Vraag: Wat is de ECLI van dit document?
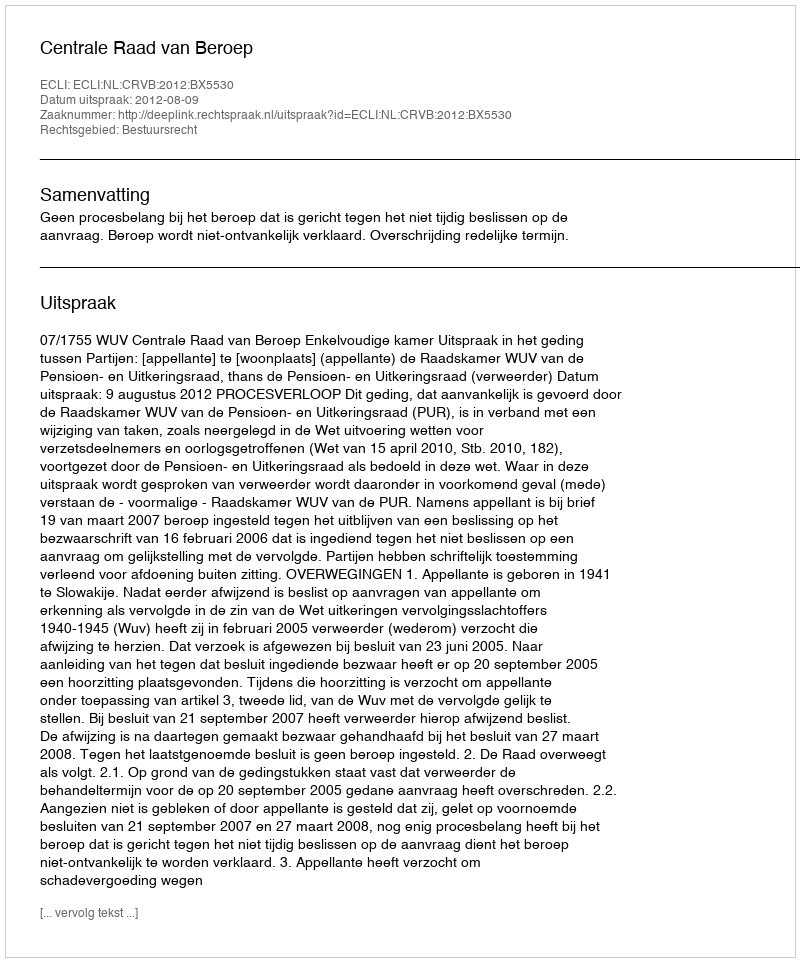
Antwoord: ECLI:NL:CRVB:2012:BX5530